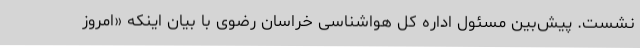
نشست. پیش‌بین مسئول اداره کل هواشناسی خراسان رضوی با بیان اینکه «امروز